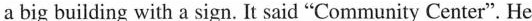
a big building with a sign. It said "Community Center". He